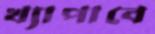
খ্যাপাবে